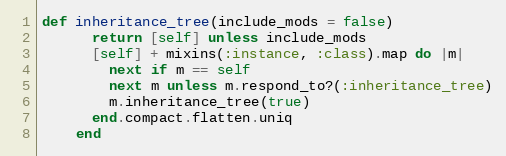
Language: Ruby
def inheritance_tree(include_mods = false)
      return [self] unless include_mods
      [self] + mixins(:instance, :class).map do |m|
        next if m == self
        next m unless m.respond_to?(:inheritance_tree)
        m.inheritance_tree(true)
      end.compact.flatten.uniq
    end